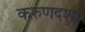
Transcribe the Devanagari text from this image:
करुणदशा